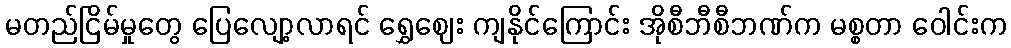
မတည်ငြိမ်မှုတွေ ပြေလျော့လာရင် ရွှေဈေး ကျနိုင်ကြောင်း အိုစီဘီစီဘဏ်က မစ္စတာ ဝေါင်းက